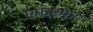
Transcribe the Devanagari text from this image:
एफएफए